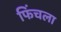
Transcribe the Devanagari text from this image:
फिंचला